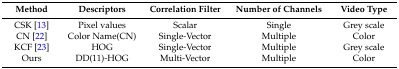
<table><thead><tr><td><b>Method</b></td><td><b>Descriptors</b></td><td><b>Correlation Filter</b></td><td><b>Number of Channels</b></td><td><b>Video Type</b></td></tr></thead><tbody><tr><td>CSK [13]</td><td>Pixel values</td><td>Scalar</td><td>Single</td><td>Grey scale</td></tr><tr><td>CN [22]</td><td>Color Name(CN)</td><td>Single-Vector</td><td>Multiple</td><td>Color</td></tr><tr><td>KCF [23]</td><td>HOG</td><td>Single-Vector</td><td>Multiple</td><td>Grey scale</td></tr><tr><td>Ours</td><td>DD(11)-HOG</td><td>Multi-Vector</td><td>Multiple</td><td>Color</td></tr></tbody></table>